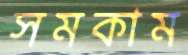
সমকাম